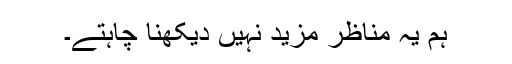
ہم یہ مناظر مزید نہیں دیکھنا چاہتے۔